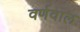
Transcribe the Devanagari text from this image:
वर्णवाल